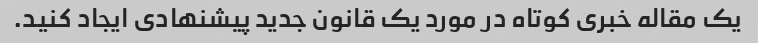
یک مقاله خبری کوتاه در مورد یک قانون جدید پیشنهادی ایجاد کنید.